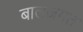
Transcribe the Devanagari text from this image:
बालजगत